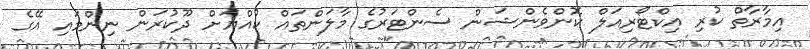
އިމާރާތް ކުރި އިކްޓޯރިއަލް ކޮންވެންޝަން ސެންޓަރުގެ މާލަންތައް ކުއްޔަށް ދޫކުރަން ނިންމައި އޭގެ